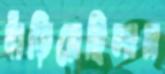
দাঁড়িয়েছিলাম